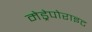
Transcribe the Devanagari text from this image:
मेड्रेपोराइट